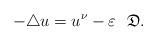
LaTeX: \begin{align*}-\triangle u=u^{\nu}-\varepsilon \ \ \mathfrak{D}. \end{align*}